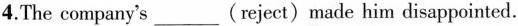
4.The company's___(reject)made him disappointed.